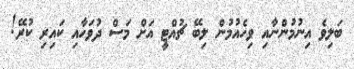
ބަލިވެ އިނުމުންނާއި ވިހެއުމުން ލިބޭ ޗުއްޓީ އަށް މަސް ދުވަހާއި ކައިރި ކުރޭ!